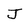
Character: J